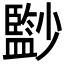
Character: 𡮼